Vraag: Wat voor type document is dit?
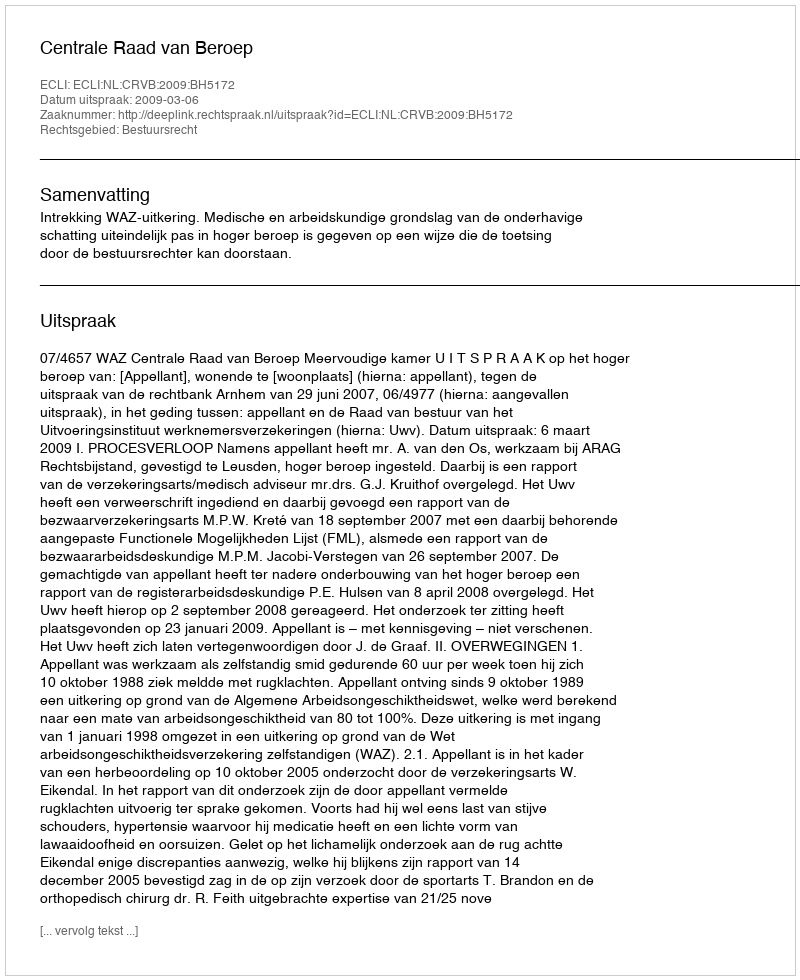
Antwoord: Uitspraak